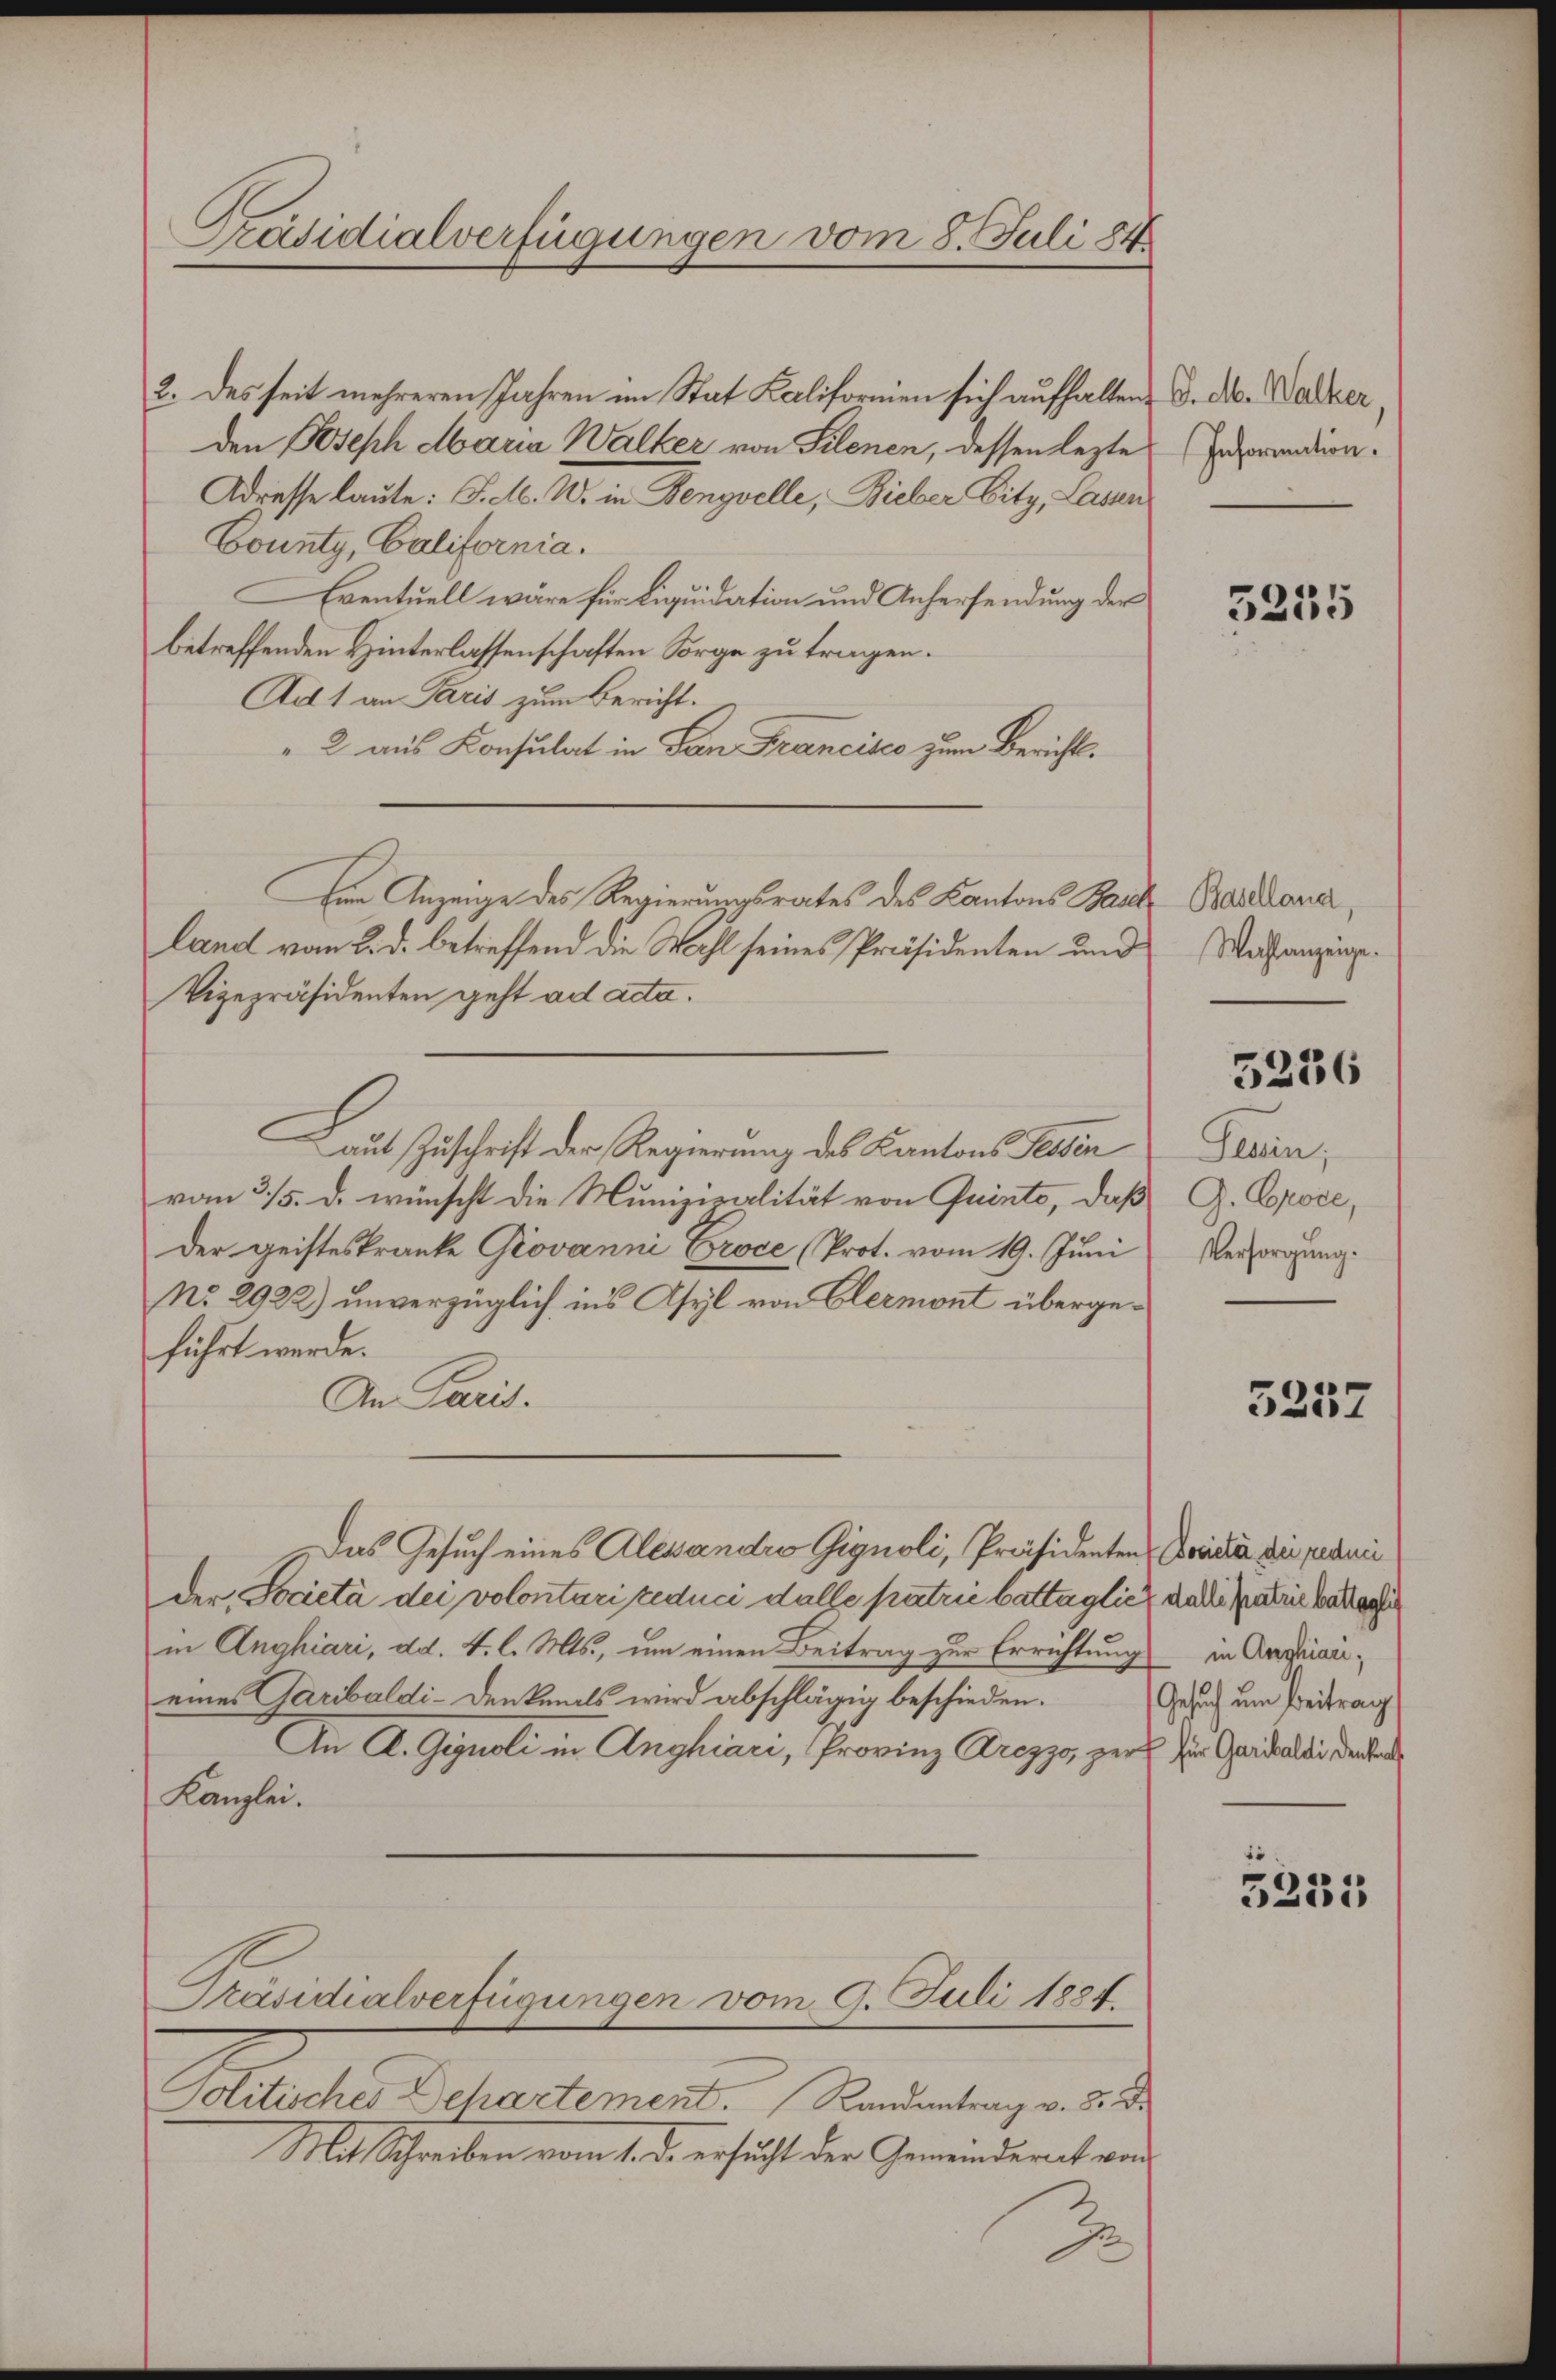
Präsidialverfügungen vom 8. Juli 184.

2. des seit mehreren Jahren im Stat Kaliformien sich aufhalten, d. M. Walkerden Joseph Maria Walker von Silenen, dessen lezte
Adresse laute: J. M. W. in Benzvelle, Bieber Eity, Lassen
County, California.
Eventuell wäre für Liquidation und Anhersendung der
betreffenden Hinterlassenschaften Sorge zu tragen.
Ait 1 an Paris zum Bericht.
" 2 aus Konsulat in San Francisco zum Berichts¬
Den Anzeige des Regierungsrates des Kantons Bach Bailloner
land vom 2. d. betreffend die Wahl seines Präsidenten und
Vizepräsidenten geht ad acta.
aut Zuschrift der Regierung des Kantons Tessin
vom 3/5. d. wünscht die Munizisalität von Quinte, daß
Der geisteskranke Giovanni Proce (Prot. vom 19. Juni
No. 2922) unverzüglich in’s Asyl von Elermont übergeführt werde.
An Paris.
Das Gesuch eines Alesandro Gignoli, Präsidenten Seidler die permi
der Società dei volontari reduci dalle patrie battäglich, da die Materie Mater
in Anghiari, dd. 4. l. Mts., um einen Beitrag zur Errichtung in Anfaneines Garibaldi-Denkmals wird abschlägig beschieden.
An A. Gygnoli in Anghiari, Provinz Crezzo, zur Zur Gardaldi denken
Kanzlei.

Solitisches Dehartement. Randantrag v. 3. d.
Mit Schreiben vom 1. d. ersucht der Gemeinderet vor

Präsidialverfügungen vom 9. Juli 1884.

d

Information.

5235

Wahlanzeige.

5256

Gerin,
G. Grose,
Versorgung.

3257

Gesuch um Beitrag

5235